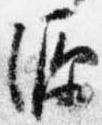
源